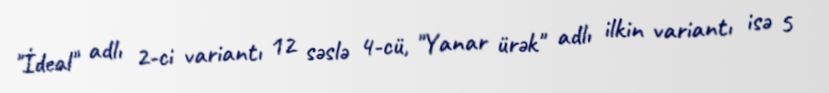
"İdeal" adlı 2-ci variantı 12 səslə 4-cü, "Yanar ürək" adlı ilkin variantı isə 5